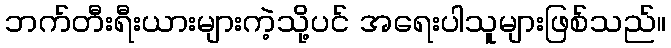
ဘက်တီးရီးယားများကဲ့သို့ပင် အရေးပါသူများဖြစ်သည်။